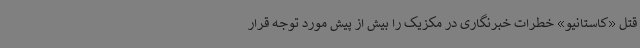
قتل «کاستانیو» خطرات خبرنگاری در مکزیک را بیش از پیش مورد توجه قرار